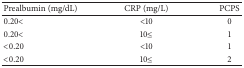
<table><thead><tr><td><b>Prealbumin (mg/dL)</b></td><td><b>CRP (mg/L)</b></td><td><b>PCPS</b></td></tr></thead><tbody><tr><td>0.20&lt;</td><td>&lt;10</td><td>0</td></tr><tr><td>0.20&lt;</td><td>10≤</td><td>1</td></tr><tr><td>&lt;0.20</td><td>&lt;10</td><td>1</td></tr><tr><td>&lt;0.20</td><td>10≤</td><td>2</td></tr></tbody></table>